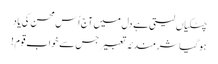
چٹکیاں لیتی ہے دل میں آج اُس محسن کی یاد
ہو گیا شرمندئہ تعبیر جس سے خوابِ قوم !